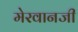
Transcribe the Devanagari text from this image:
मेरवानजी